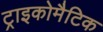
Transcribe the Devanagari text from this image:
ट्राइकोमैटिक